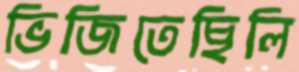
ভিজিতেছিলি